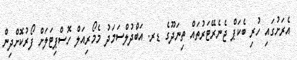
އެރަށުގައި ހުރި ބެކަޕް ޖެނެރޭޓަރުތައް ތިނަދޫގެ ޑރ. އަބްދުލްސަމަދު މެމޯރިއަލް ހޮސްޕިޓަލަށް ފޯރުކޮށްދިން